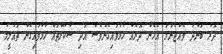
ދޮރު ބަންދު ވެއްޖެނަމަ އެހެން ދޮރެއް ހުޅުވައިގެންވެސް އަދި ސްކޫލްތައް ހުޅުވައިގެން ތައުލީމު